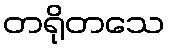
တရိုတသေ